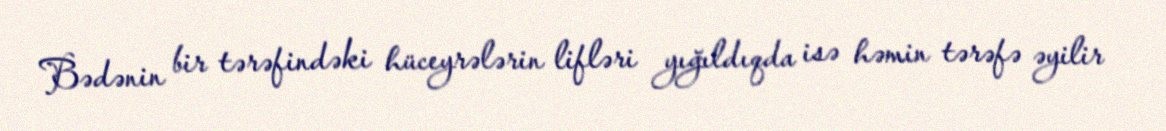
Bədənin bir tərəfindəki hüceyrələrin lifləri yığıldıqda isə həmin tərəfə əyilir